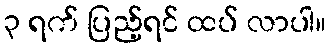
၃ ရက် ပြည့်ရင် ထပ် လာပါ။